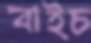
বাইচ